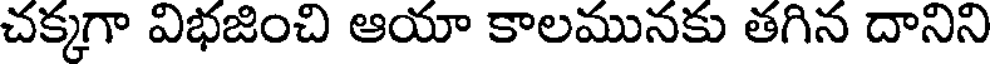
చక్కగా విభజించి ఆయా కాలమునకు తగిన దానిని